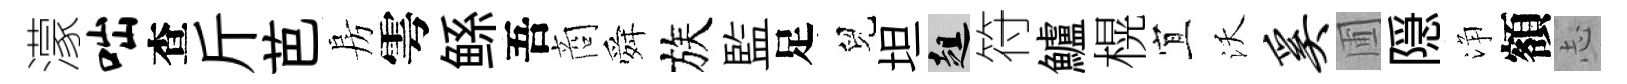
濛咄查斤芭房雩鲧吾商舜族監足兒坦趄符鱸榥宜沃奚圃隠浄額𢖽